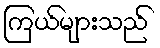
ကြယ်များသည်